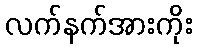
လက်နက်အားကိုး